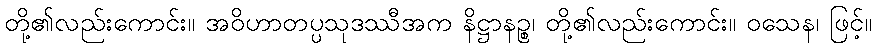
တို့၏လည်းကောင်း။ အဝိဟာတပ္ပသုဒဿီအက နိဋ္ဌာနဉ္စ၊ တို့၏လည်းကောင်း။ ဝသေန၊ ဖြင့်။